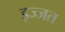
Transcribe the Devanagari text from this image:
इज्‍जत